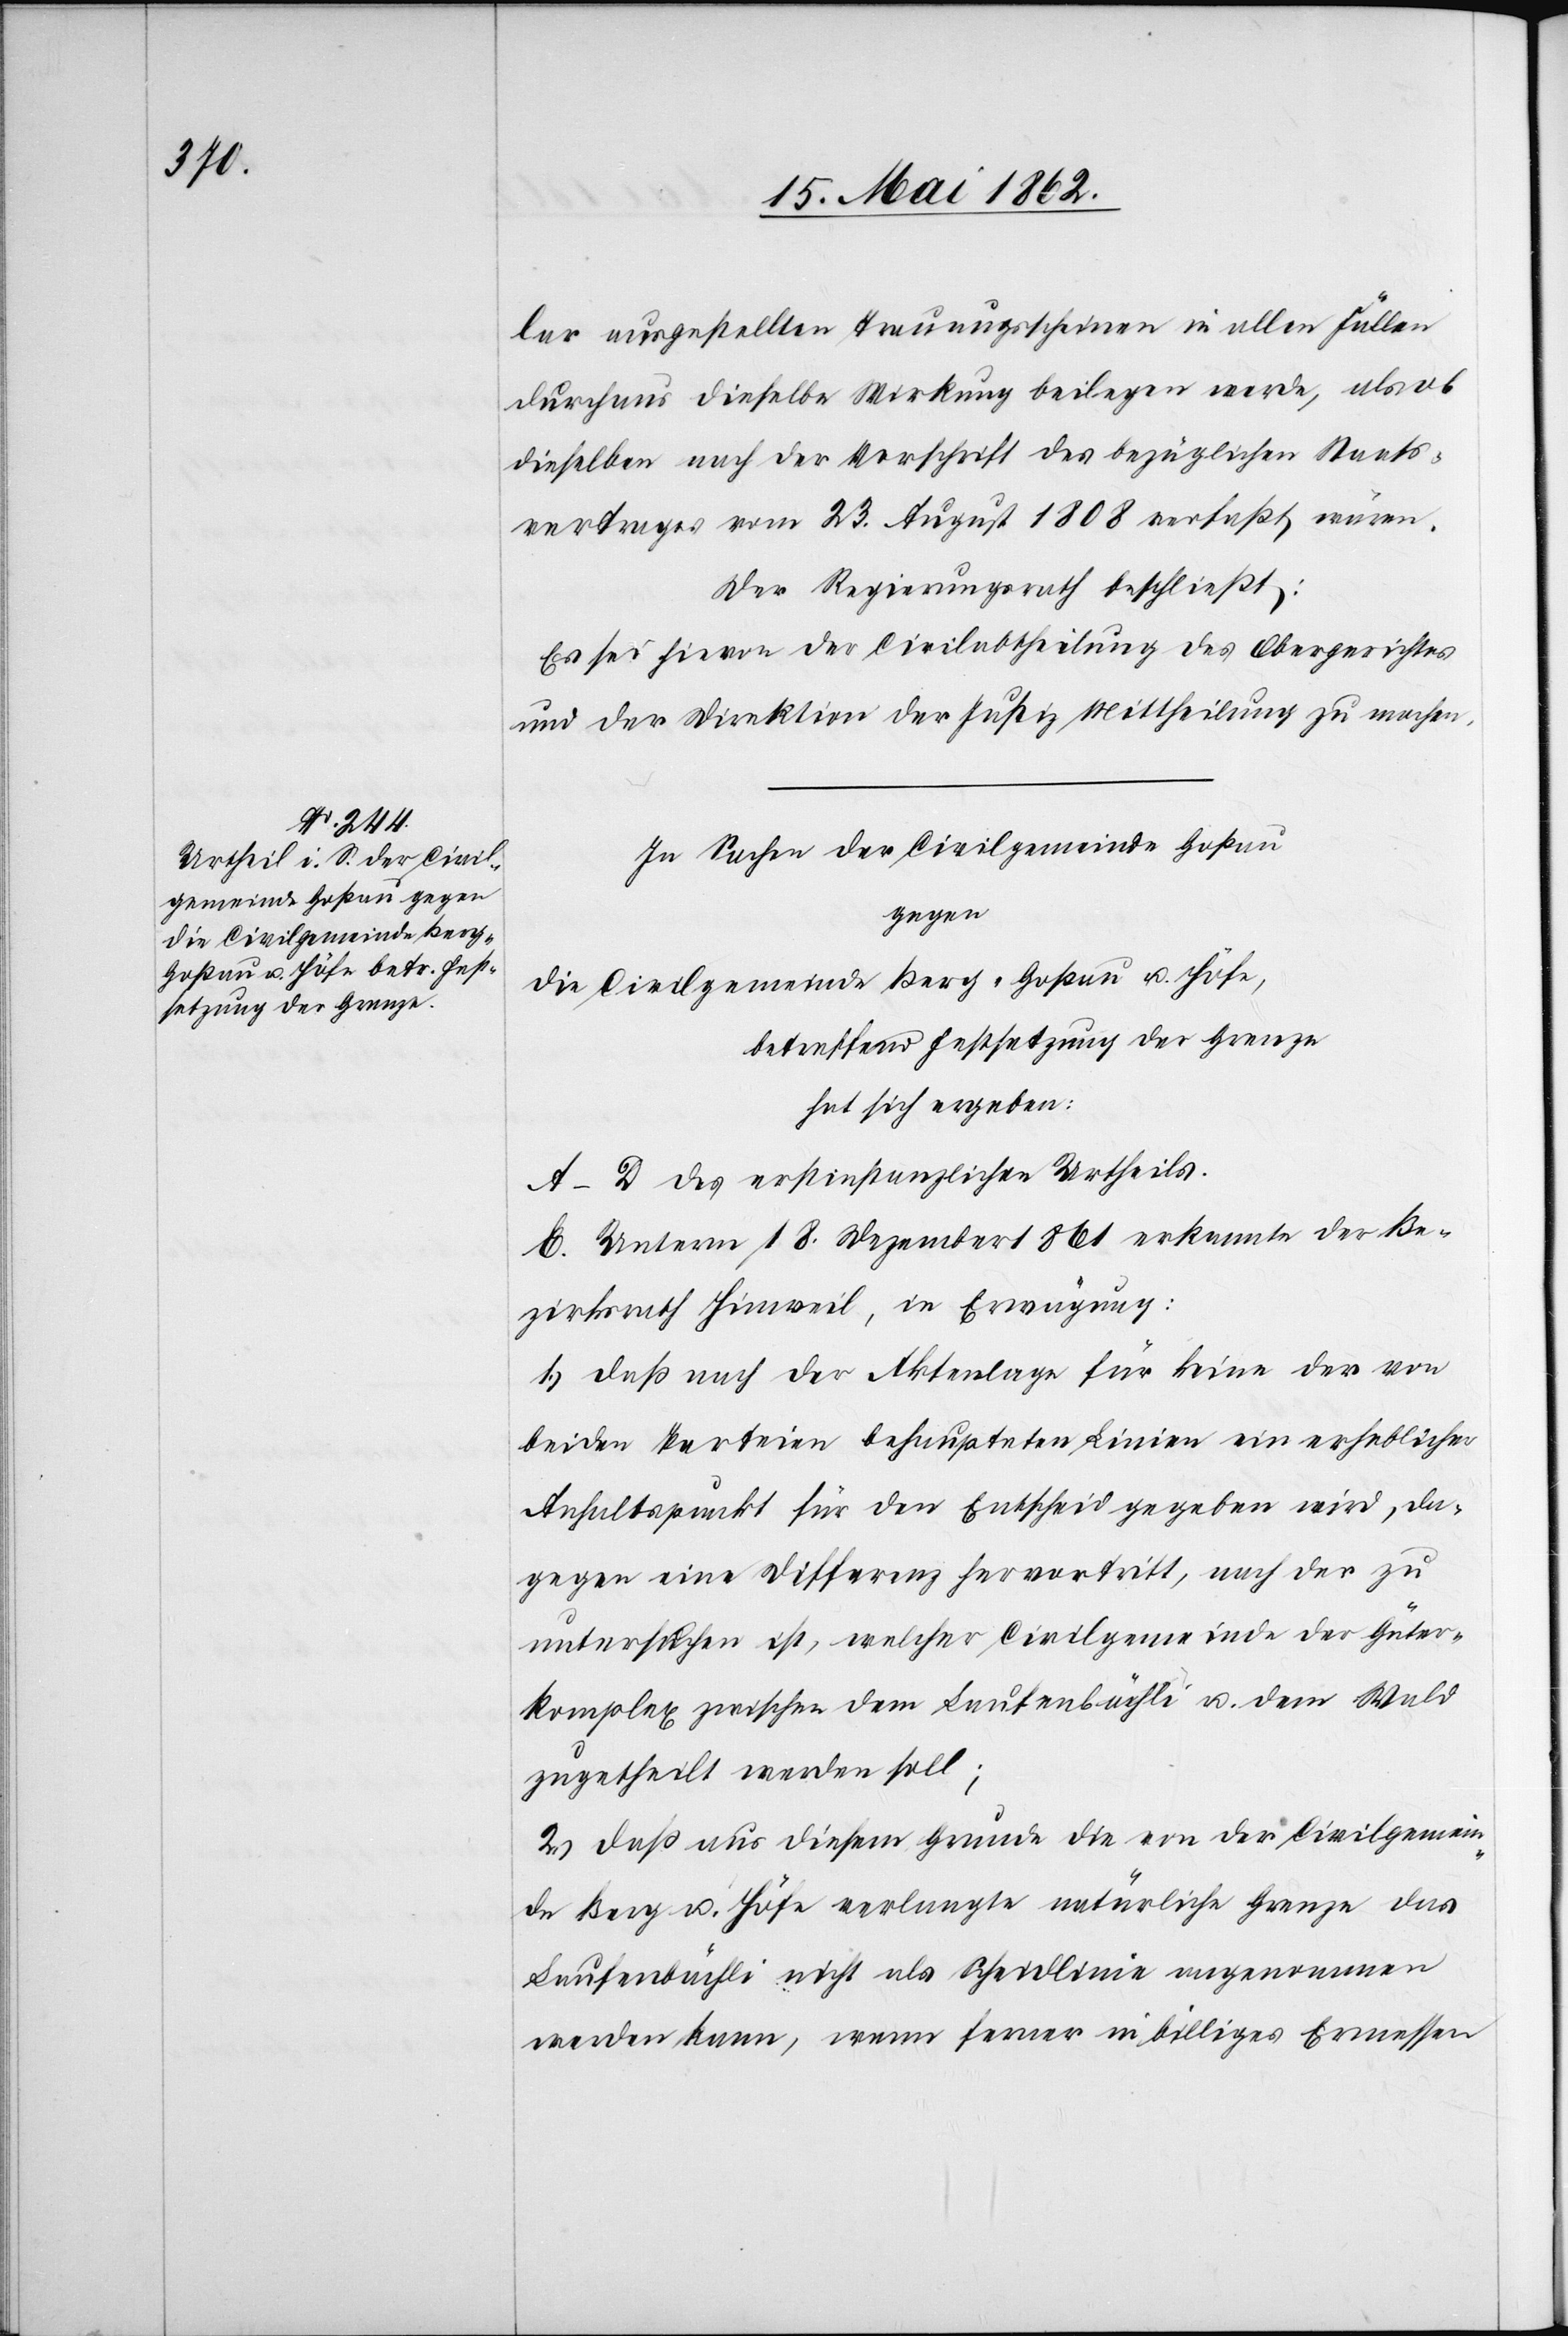
lar ausgestellten Trauungsscheinen in allen Fällen
durchaus dieselbe Wirkung beilegen werde, als ob
dieselben nach der Vorschrift des bezüglichen Staats¬
vertrages vom 23. August 1808 verfaßt wären.
Der Regierungsrath beschließt:
Es sei hievon der Civilabtheilung des Obergerichtes
und der Direktion der Justiz Mittheilung zu machen.
In Sachen der Civilgemeinde Goßau
gegen
die Civilgemeinde Berg-Goßau u. Höfe,
betreffend Festsetzung der Grenze
hat sich ergeben:
A–D des erstinstanzlichen Urtheils.
E. Unterm 18. Dezember 1861 erkannte der Be¬
zirksrath Hinweil, in Erwägung:
1) daß nach der Aktenlage für keine der von
beiden Parteien behaupteten Linien ein erheblicher
Anhaltspunkt für den Entscheid gegeben wird, da¬
gegen eine Differenz hervortritt, nach der zu
untersuchen ist, welcher Civilgemeinde der Güter¬
komplex zwischen dem Laufenbächli u. dem Wald
zugetheilt werden soll;
2) daß aus diesem Grunde die von der Civilgemein¬
de Berg u. Höfe verlangte natürliche Grenze des
Laufenbächli nicht als Scheidlinie angenommen
werden kann, wenn ferner in billiges Ermessen